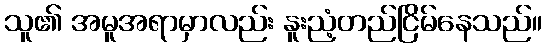
သူ၏ အမူအရာမှာလည်း နူးညံ့တည်ငြိမ်နေသည်။